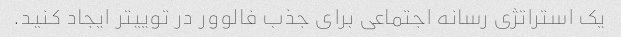
یک استراتژی رسانه اجتماعی برای جذب فالوور در توییتر ایجاد کنید.